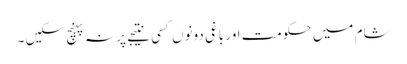
شام میں حکومت اور باغی دونوں کسی نتیجے پر نہ پہنچ سکیں ۔